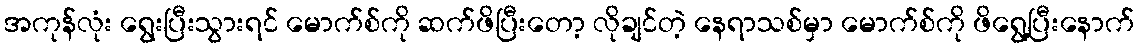
အကုန်လုံး ရွေးပြီးသွားရင် မောက်စ်ကို ဆက်ဖိပြီးတော့ လိုချင်တဲ့ နေရာသစ်မှာ မောက်စ်ကို ဖိရွေ့ပြီးနောက်